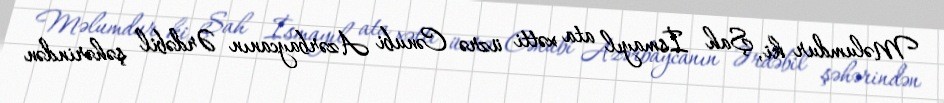
Məlumdur ki, Şah İsmayıl ata xətti üzrə Cənubi Azərbaycanın Ərdəbil şəhərindən